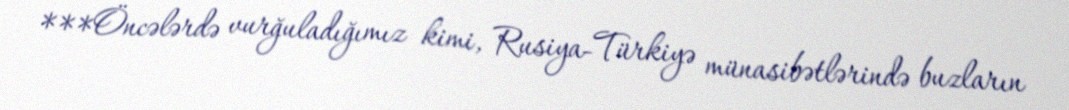
***Öncələrdə vurğuladığımız kimi, Rusiya-Türkiyə münasibətlərində buzların